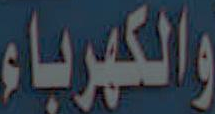
والكهرباء